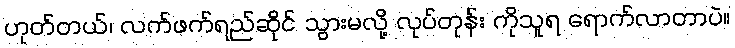
ဟုတ်တယ်၊ လက်ဖက်ရည်ဆိုင် သွားမလို့ လုပ်တုန်း ကိုသူရ ရောက်လာတာပဲ။